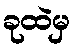
ခုထဲမှ